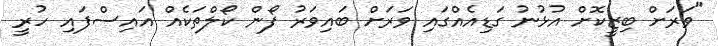
"ވަރަށް ބިޒީކޮށް އުޅުނު ގަޑިއެއްގައި ވަރަށް ބައިވަރު ފޯން ކޯލްތަކެއް އައިސްފައި ހުރީ